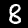
Digit: 8